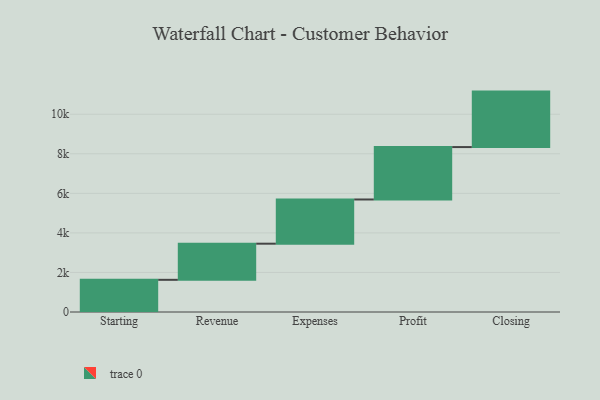
{"axis": {"x": "Step", "y": "Value"}, "legend": [""], "data": [{"x": "Starting", "y": 1627.0, "type": ""}, {"x": "Revenue", "y": 1827.0, "type": ""}, {"x": "Expenses", "y": 2236.0, "type": ""}, {"x": "Profit", "y": 2650.0, "type": ""}, {"x": "Closing", "y": 2805.0, "type": ""}]}